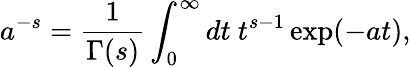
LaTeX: a^{-s}=\frac{1}{\Gamma(s)}\int_{0}^{\infty}dt\ t^{s-1}\exp(-at),